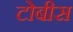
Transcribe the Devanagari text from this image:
टोबीस